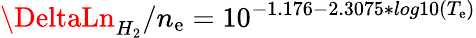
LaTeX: \DeltaLn_{H_{2}}/n_{\mathrm{e}}=10^{-1.176-2.3075*log10(T_{\mathrm{e}})}